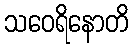
သဝေရိနောတိ